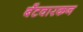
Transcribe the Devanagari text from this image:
बँटवारकन